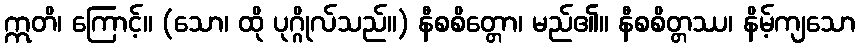
ဣတိ၊ ကြောင့်။ (သော၊ ထို ပုဂ္ဂိုလ်သည်။) နီစစိတ္တော၊ မည်၏။ နီစစိတ္တဿ၊ နိမ့်ကျသော